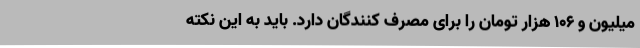
میلیون و ۱۰۶ هزار تومان را برای مصرف کنندگان دارد. باید به این نکته